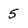
Character: 5